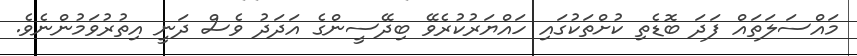
މައްސަލަތައް ފަދަ ބޮޑެތި ކުށްތަކުގައި ހައްޔަރުކުރެވޭ ބިދޭސީންގެ އަދަދު ވެސް ދަނީ އިތުރުވަމުންނެވެ.